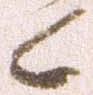
候